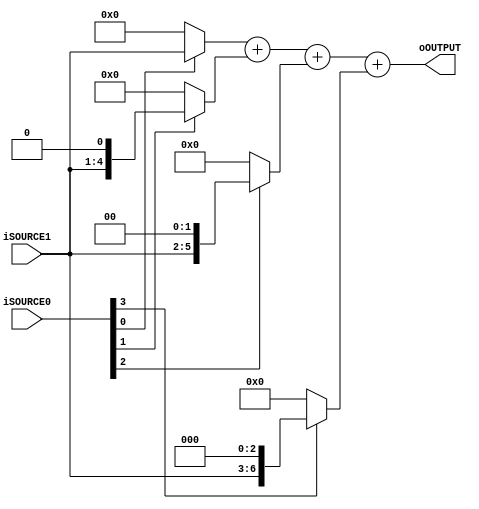
module mul4(
				input	[3 : 0]			iSOURCE0,
				input	[3 : 0]			iSOURCE1,
				output	[7 : 0]			oOUTPUT);
	assign	oOUTPUT	=	((iSOURCE0[0])? iSOURCE1 : 7'h00) + ((iSOURCE0[1])? iSOURCE1 << 1 : 7'h00) + ((iSOURCE0[2])? iSOURCE1 << 2 : 7'h00) + ((iSOURCE0[3])? iSOURCE1 << 3 : 7'h00);
endmodule